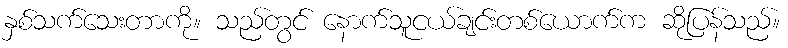
နှစ်သက်သေးတာကို။ သည်တွင် နောက်သူငယ်ချင်းတစ်ယောက်က ဆိုပြန်သည်။